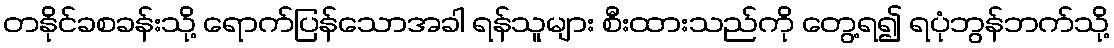
တနိုင်ခစခန်းသို့ ရောက်ပြန်သောအခါ ရန်သူများ စီးထားသည်ကို တွေ့ရ၍ ရပုံဘွန်ဘက်သို့